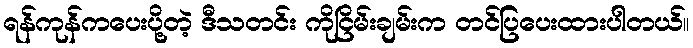
ရန်ကုန်ကပေးပို့တဲ့ ဒီသတင်း ကိုငြိမ်းချမ်းက တင်ပြပေးထားပါတယ်။